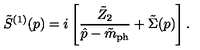
\tilde { S } ^ { ( 1 ) } ( p ) = i \left[ \frac { \tilde { Z } _ { 2 } } { \hat { p } - \tilde { m } _ { \mathrm { p h } } } + \tilde { \Sigma } ( p ) \right] .